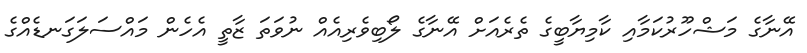
އޭނާގެ މަޝްހޫރުކަމާއި ކާމިޔާބީގެ ތެރެއަށް އޭނާގެ ލޯބިވެރިއެއް ނުވަތަ ޒާތީ އެހެން މައްސަލަގަނޑެއްގެ